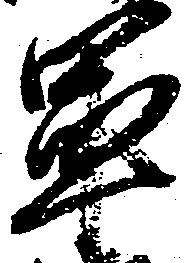
軍